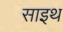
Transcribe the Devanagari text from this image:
साइथ